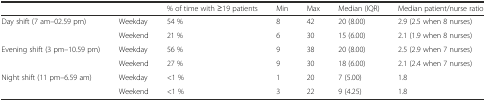
|  |  | % of time with ≥19 patients | Min | Max | Median (IQR) | Median patient/nurse ratio |
 | --- | --- | --- | --- | --- | --- | --- |
 | <ROWSPAN=2> Day shift (7 am–02.59 pm) | Weekday | 54 % | 8 | 42 | 20 (8.00) | 2.9 (2.5 when 8 nurses) |
 | Weekend | 21 % | 6 | 30 | 15 (6.00) | 2.1 (1.9 when 8 nurses) |
 | <ROWSPAN=2> Evening shift (3 pm–10.59 pm) | Weekday | 56 % | 9 | 38 | 20 (8.00) | 2.5 (2.9 when 7 nurses) |
 | Weekend | 27 % | 9 | 30 | 18 (6.00) | 2.1 (2.4 when 7 nurses) |
 | <ROWSPAN=2> Night shift (11 pm–6.59 am) | Weekday | <1 % | 1 | 20 | 7 (5.00) | 1.8 |
 | Weekend | <1 % | 3 | 22 | 9 (4.25) | 1.8 |